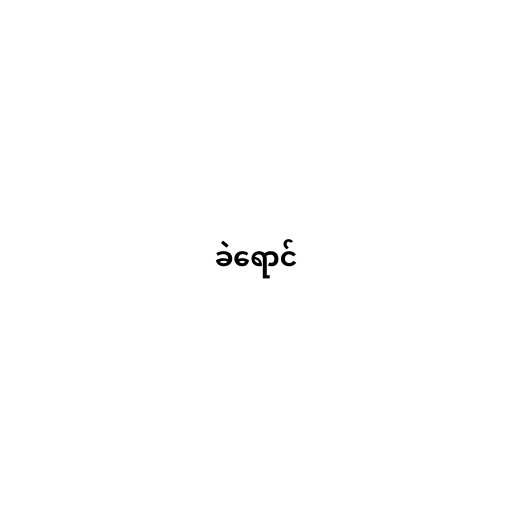
ခဲရောင်